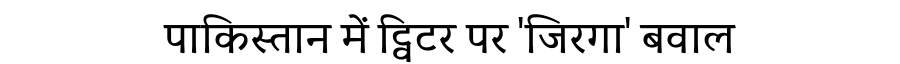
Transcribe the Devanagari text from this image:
पाकिस्तान में ट्विटर पर 'जिरगा' बवाल